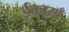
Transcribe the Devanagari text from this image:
ईकायाँ